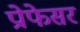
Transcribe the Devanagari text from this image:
प्रोेफेसर